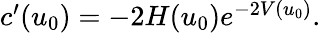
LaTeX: \begin{array}{r}{c^{\prime}(u_{0})=-2H(u_{0})e^{-2V(u_{0})}.}\end{array}